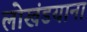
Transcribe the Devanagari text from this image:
लोखंडयाना